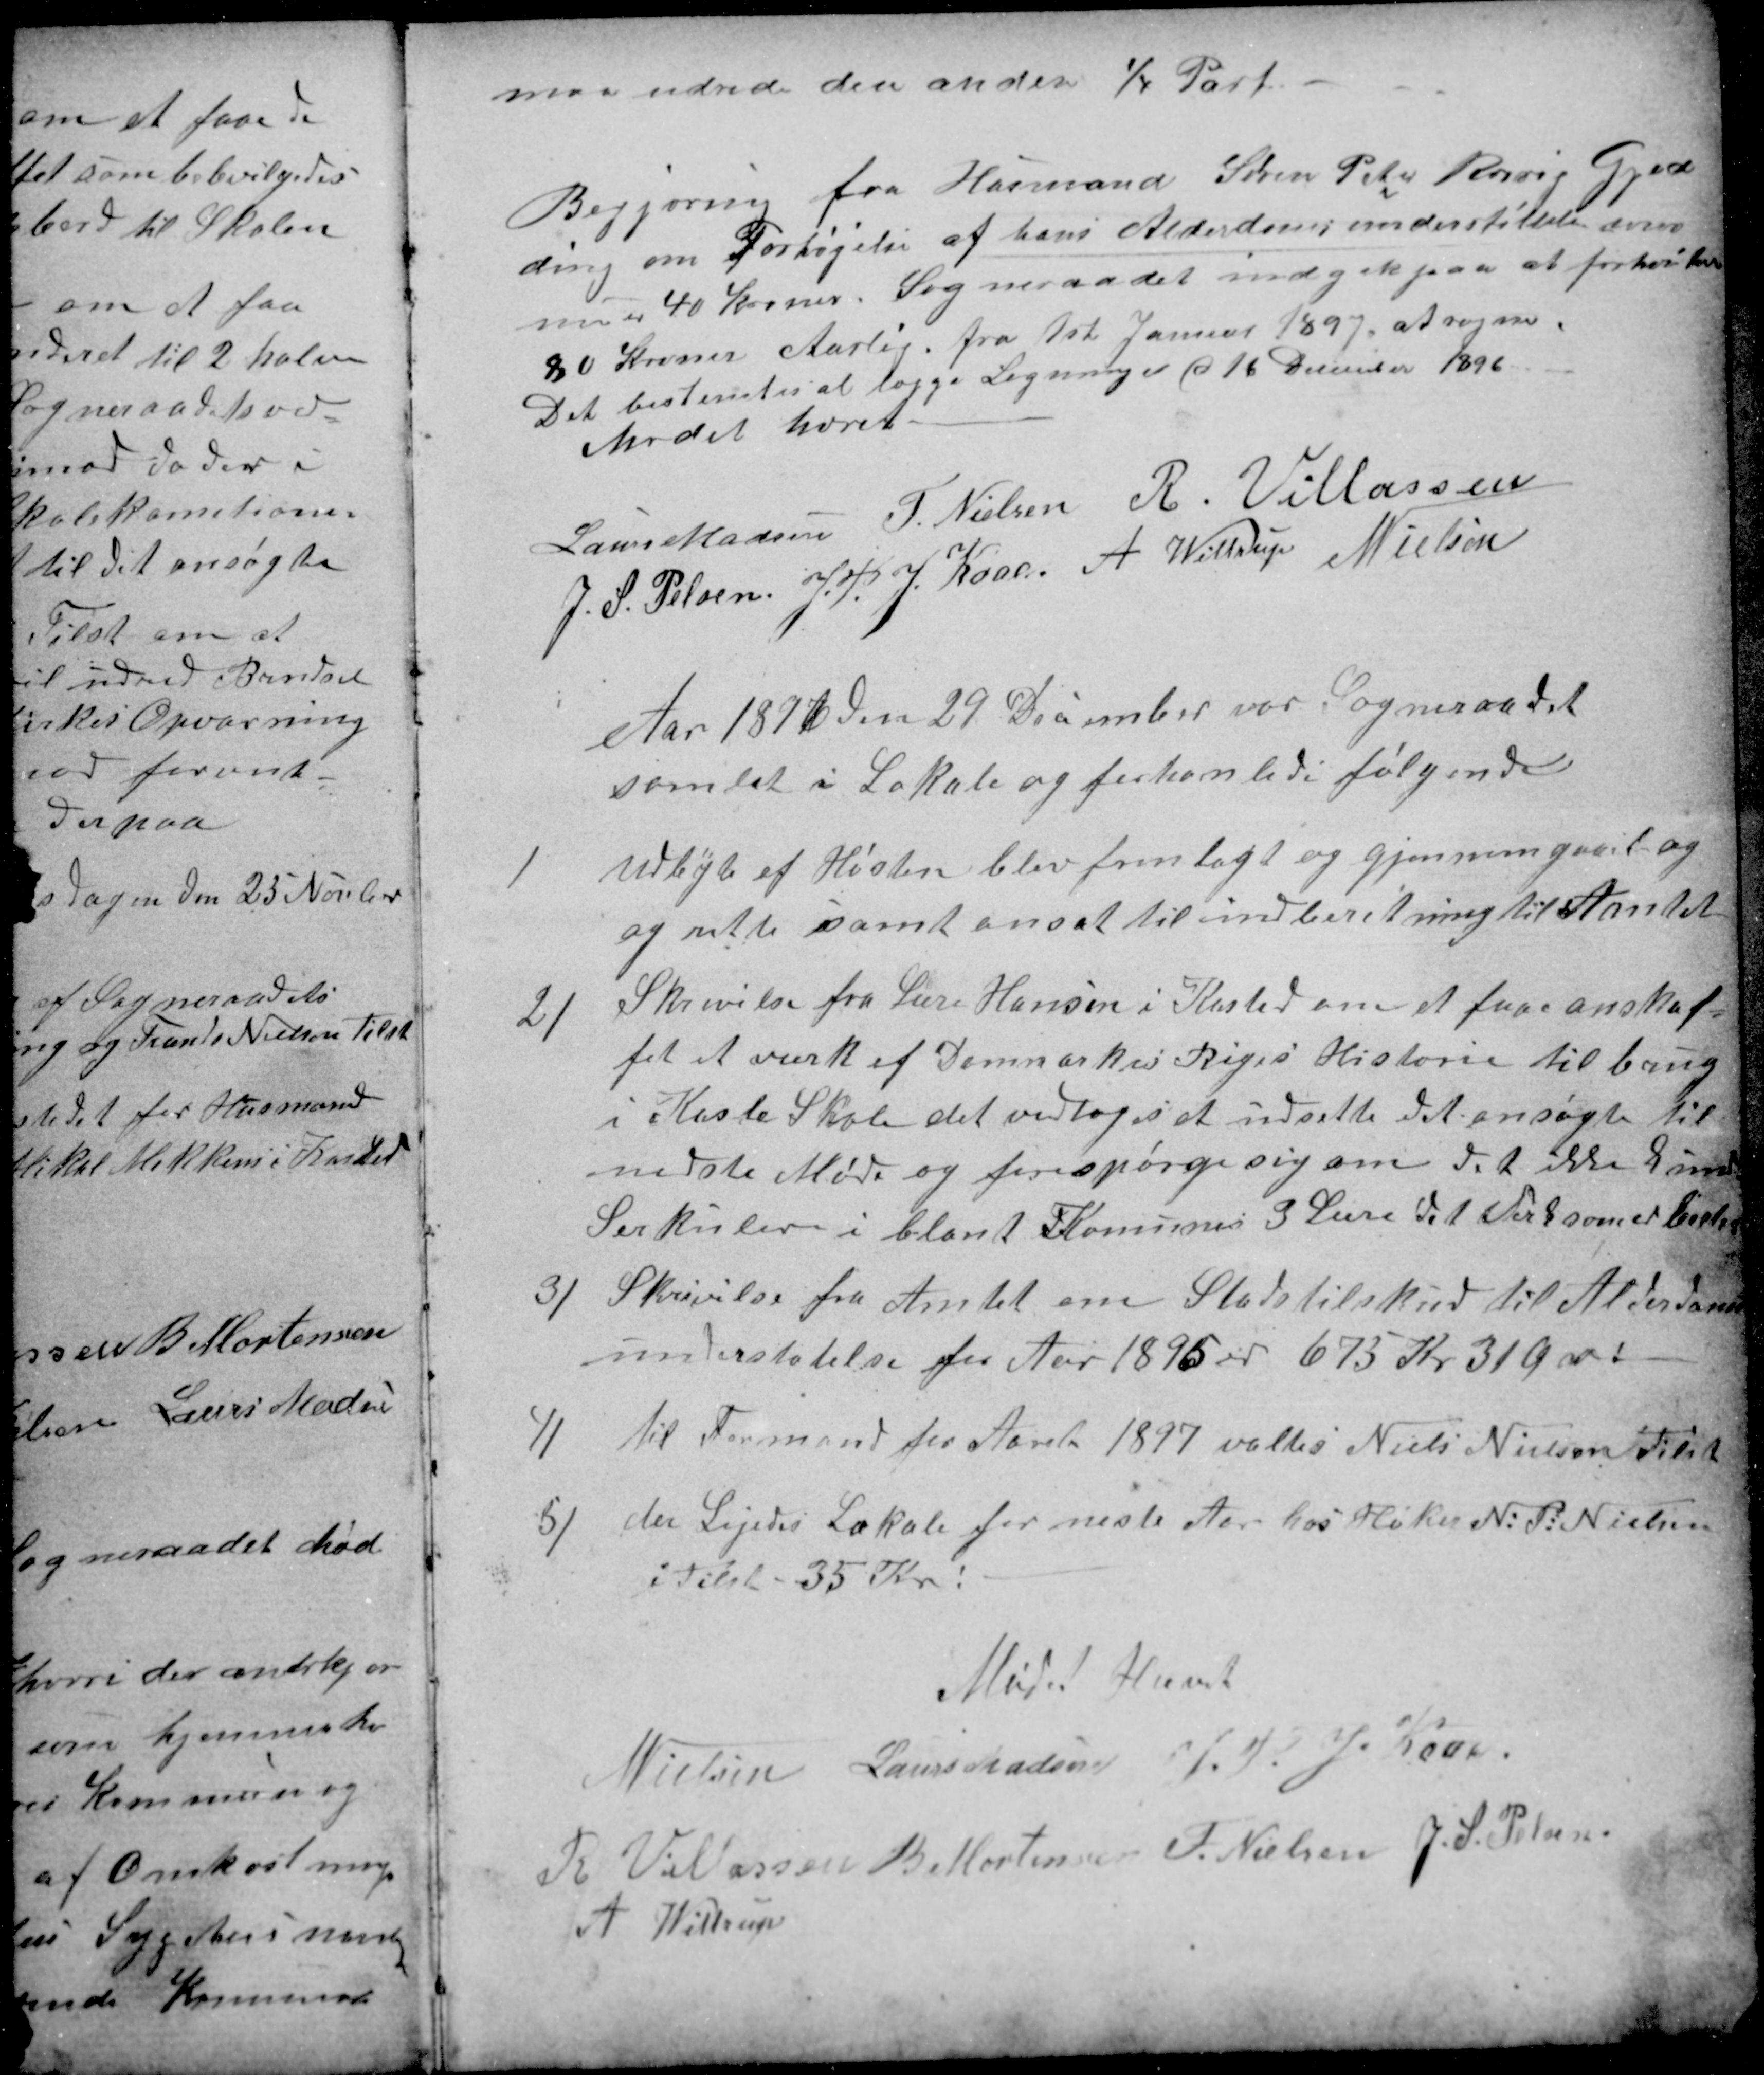
Transskription:
maa udrede den anden ¼ Part.
Begjering fra Husmand Søren Peter Rørvig Gjed
ding om Forhøjelse af hans Alderdomsunderstøttelse som
nu er 40 Kroner. Sogneraadet indgik paa at forhøie til
80 Kroner Aarlig fra 1ste Januar 1897, at regne.
Det bestemtes at lægge Ligninger d 16 December 1896.
Mødet hævet.
Laurs Madsen
F. Nielsen
R. Villassen
J. S. Pelsen
J. P. J. Kaae
A. Wittrup
N Nielsen
Aar 1896 den 29 December var Sogneraadet
samlet i Lokale og forhanlede følgende
1
Udbyte af Høsten blev fremlagt og gjennemgaaet og
og rette samt ansat til indberetning til Amtet
2)
Skrivelse fra Lære Hansen i Kasted om at faae anskaf-
fet et værk af Danmarkes Riges Historie til brug
i Kaste Skole det vedtoges at udsette det ansøgte til
nedste Møde og forespørge sig om det ikke kunde
Serkuler i blandt Komunes 3 Lære det Verk som er bedst
3)
Skrivelse fra Amtet om Statstilskud til Alderdoms
understøtelse for Aar 1895 er 675 Kr 31 Øre!
4)
til Formand for Aaret 1897 valtes Niels Nielsen Tilst
5)
der Lejedes Lokale for neste Aar hos Høker N: P: Nielsen
i Tilst - 35 Kr!
Mødet Hævet
N Nielsen
Laurs Madsen
J. P.J. Kaae
R Villassen
B Mortensen
F. Nielsen
J. S. Pelsen
A. Wittrup